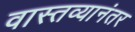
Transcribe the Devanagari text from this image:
वास्तव्यानंतर